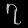
Digit: ၇